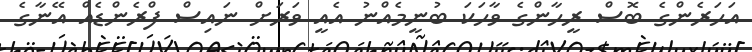
އަހަރެންގެ ބޮސް ރީހާންގެ ވާހަކަ ބުނީމެއްނު އެއީ ވަރަށް ނައިސް ފްރެންޑެއް އޭނާގެ